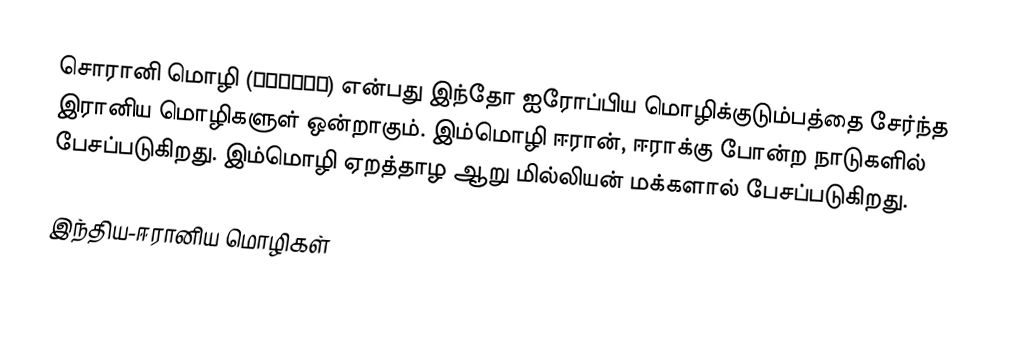
சொரானி மொழி (سۆرانی) என்பது இந்தோ ஐரோப்பிய மொழிக்குடும்பத்தை சேர்ந்த இரானிய மொழிகளுள் ஒன்றாகும். இம்மொழி ஈரான், ஈராக்கு போன்ற நாடுகளில் பேசப்படுகிறது. இம்மொழி ஏறத்தாழ ஆறு மில்லியன் மக்களால் பேசப்படுகிறது.

இந்திய-ஈரானிய மொழிகள்